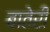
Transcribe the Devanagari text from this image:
बातेरी